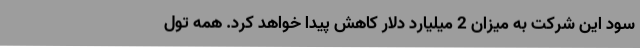
سود این شرکت به میزان 2 میلیارد دلار کاهش پیدا خواهد کرد. همه تول